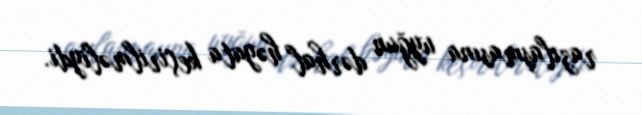
razılaşmasına uyğun dərhal həyata keçirilməliydi.